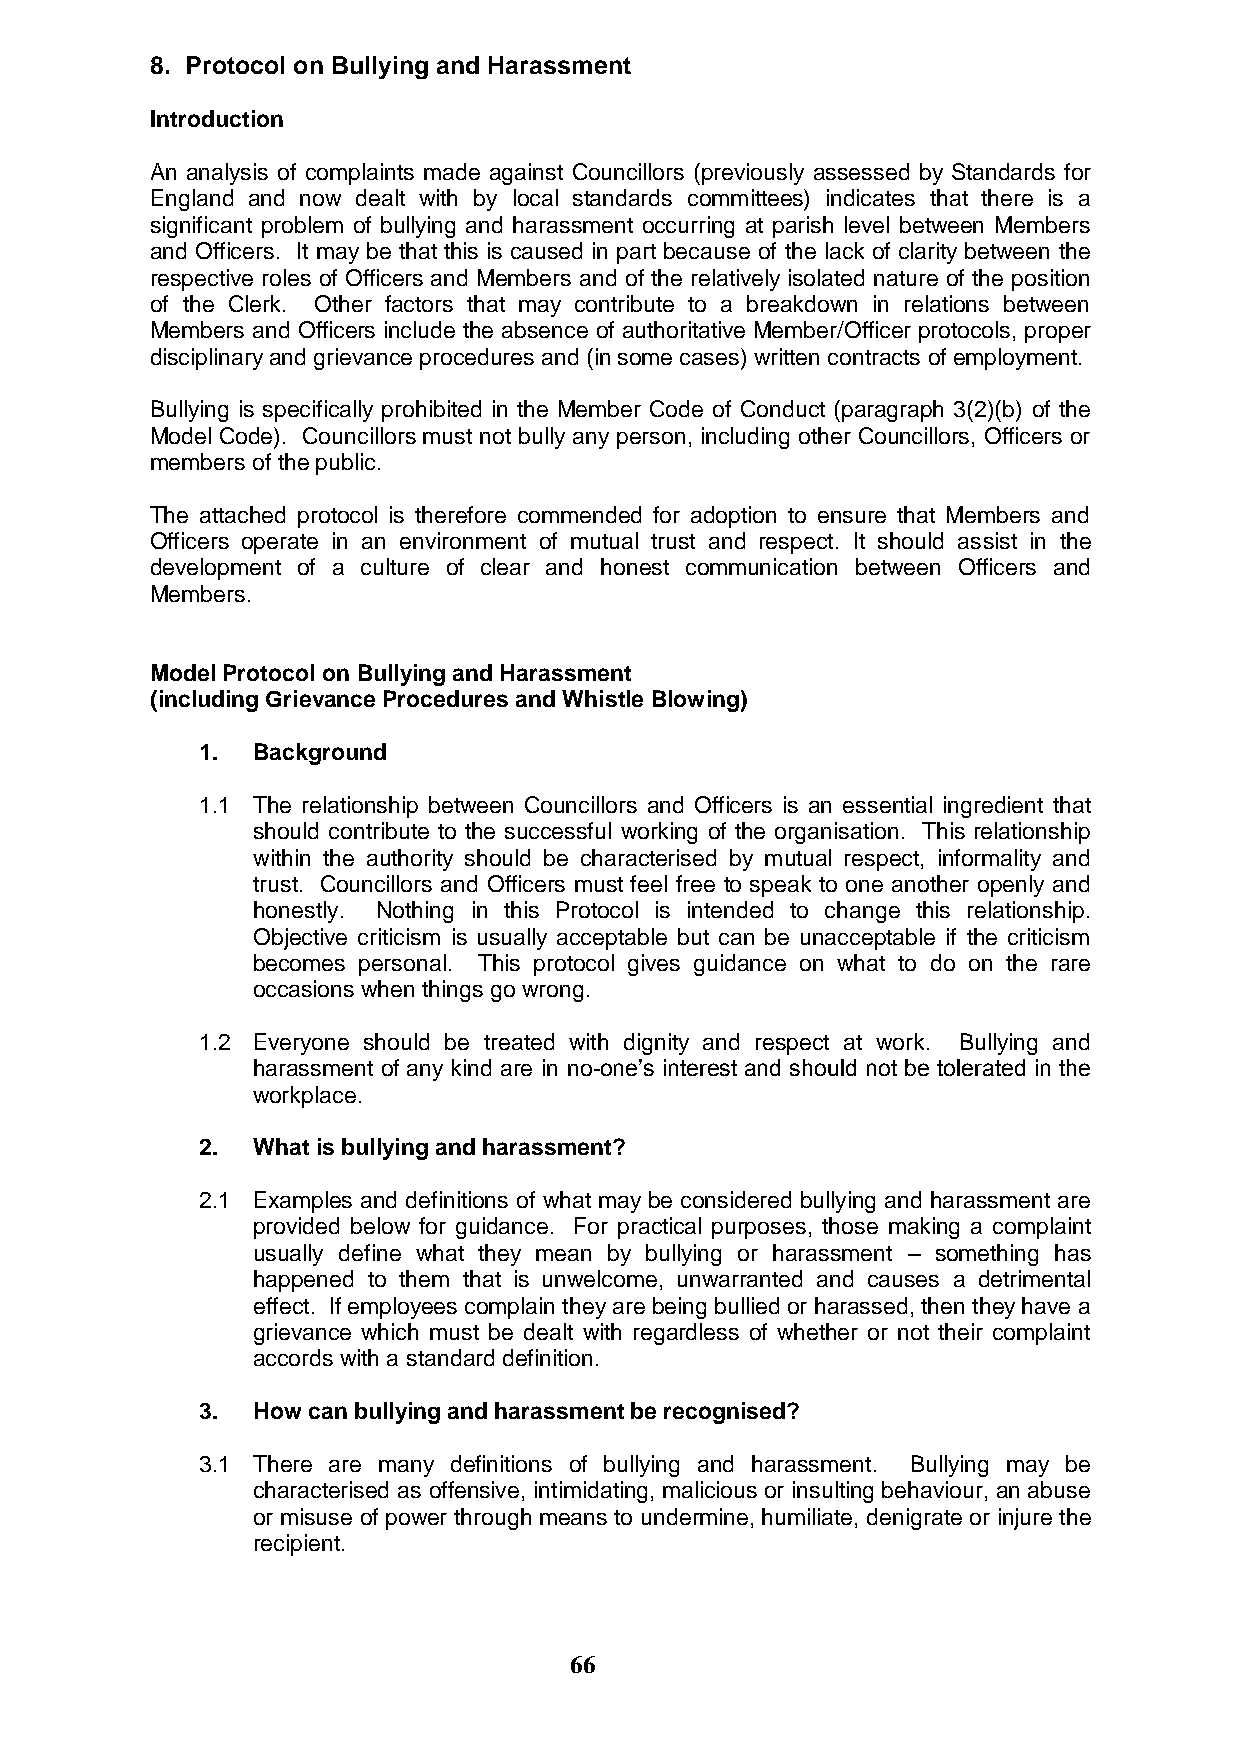
8. Protocol on Bullying and Harassment
 Introduction
 An analysis of complaints made against Councillors (previously assessed by Standards for
 England and now dealt with by local standards committees) indicates that there is a
 significant problem of bullying and harassment occurring at parish level between Members
 and Officers. It may be that this is caused in part because of the lack of clarity between the
 respective roles of Officers and Members and of the relatively isolated nature of the position
 of the Clerk. Other factors that may contribute to a breakdown in relations between
 Members and Officers include the absence of authoritative Member/Officer protocols, proper
 disciplinary and grievance procedures and (in some cases) written contracts of employment.
 Bullying is specifically prohibited in the Member Code of Conduct (paragraph 3(2)(b) of the
 Model Code). Councillors must not bully any person, including other Councillors, Officers or
 members of the public.
 The attached protocol is therefore commended for adoption to ensure that Members and
 Officers operate in an environment of mutual trust and respect. It should assist in the
 development of a culture of clear and honest communication between Officers and
 Members.
 Model Protocol on Bullying and Harassment
 (including Grievance Procedures and Whistle Blowing)
 1.  Background
 1.1 The relationship between Councillors and Officers is an essential ingredient that
 should contribute to the successful working of the organisation. This relationship
 within the authority should be characterised by mutual respect, informality and
 trust. Councillors and Officers must feel free to speak to one another openly and
 honestly. Nothing in this Protocol is intended to change this relationship.
 Objective criticism is usually acceptable but can be unacceptable if the criticism
 becomes personal. This protocol gives guidance on what to do on the rare
 occasions when things go wrong.
 1.2 Everyone should be treated with dignity and respect at work. Bullying and
 harassment of any kind are in no-one‟s interest and should not be tolerated in the
 workplace.
 2.  What is bullying and harassment?
 2.1 Examples and definitions of what may be considered bullying and harassment are
 provided below for guidance. For practical purposes, those making a complaint
 usually define what they mean by bullying or harassment – something has
 happened to them that is unwelcome, unwarranted and causes a detrimental
 effect. If employees complain they are being bullied or harassed, then they have a
 grievance which must be dealt with regardless of whether or not their complaint
 accords with a standard definition.
 3.  How can bullying and harassment be recognised?
 3.1 There are many definitions of bullying and harassment. Bullying may be
 characterised as offensive, intimidating, malicious or insulting behaviour, an abuse
 or misuse of power through means to undermine, humiliate, denigrate or injure the
 recipient.
 66